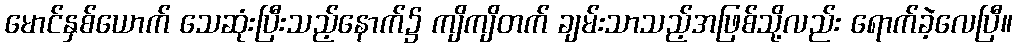
မောင်နှစ်ယောက် သေဆုံးပြီးသည့်နောက်၌ ကျိကျိတက် ချမ်းသာသည့်အဖြစ်သို့လည်း ရောက်ခဲ့လေပြီ။